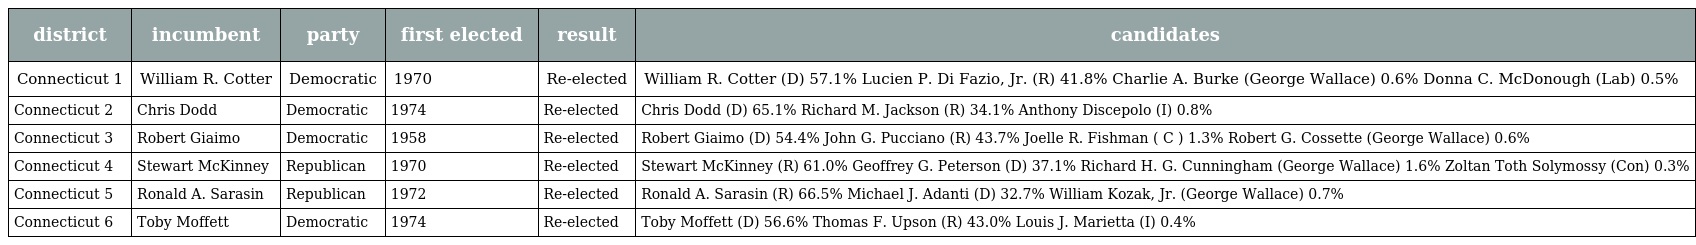
| district | incumbent | party | first elected | result | candidates |
 | --- | --- | --- | --- | --- | --- |
 | Connecticut 1 | William R. Cotter | Democratic | 1970 | Re-elected | William R. Cotter (D) 57.1% Lucien P. Di Fazio, Jr. (R) 41.8% Charlie A. Burke (George Wallace) 0.6% Donna C. McDonough (Lab) 0.5% |
 | Connecticut 2 | Chris Dodd | Democratic | 1974 | Re-elected | Chris Dodd (D) 65.1% Richard M. Jackson (R) 34.1% Anthony Discepolo (I) 0.8% |
 | Connecticut 3 | Robert Giaimo | Democratic | 1958 | Re-elected | Robert Giaimo (D) 54.4% John G. Pucciano (R) 43.7% Joelle R. Fishman ( C ) 1.3% Robert G. Cossette (George Wallace) 0.6% |
 | Connecticut 4 | Stewart McKinney | Republican | 1970 | Re-elected | Stewart McKinney (R) 61.0% Geoffrey G. Peterson (D) 37.1% Richard H. G. Cunningham (George Wallace) 1.6% Zoltan Toth Solymossy (Con) 0.3% |
 | Connecticut 5 | Ronald A. Sarasin | Republican | 1972 | Re-elected | Ronald A. Sarasin (R) 66.5% Michael J. Adanti (D) 32.7% William Kozak, Jr. (George Wallace) 0.7% |
 | Connecticut 6 | Toby Moffett | Democratic | 1974 | Re-elected | Toby Moffett (D) 56.6% Thomas F. Upson (R) 43.0% Louis J. Marietta (I) 0.4% |